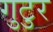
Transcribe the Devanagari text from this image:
गुटुर